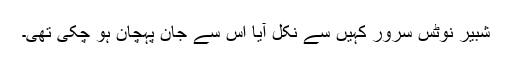
شبیر نوٹس سرور کہیں سے نکل آیا اس سے جان پہچان ہو چکی تھی۔